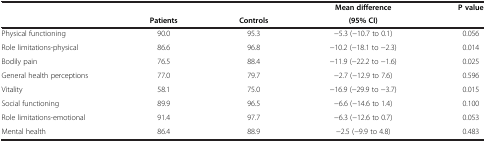
<table><thead><tr><td><b> </b></td><td><b> </b></td><td><b> </b></td><td><b>Mean difference</b></td><td><b>P value</b></td></tr><tr><td><b> </b></td><td><b>Patients</b></td><td><b>Controls</b></td><td><b>(95% CI)</b></td><td><b> </b></td></tr></thead><tbody><tr><td>Physical functioning</td><td>90.0</td><td>95.3</td><td>-5.3 (-10.7 to 0.1)</td><td>0.056</td></tr><tr><td>Role limitations-physical</td><td>86.6</td><td>96.8</td><td>-10.2 (-18.1 to -2.3)</td><td>0.014</td></tr><tr><td>Bodily pain</td><td>76.5</td><td>88.4</td><td>-11.9 (-22.2 to -1.6)</td><td>0.025</td></tr><tr><td>General health perceptions</td><td>77.0</td><td>79.7</td><td>-2.7 (-12.9 to 7.6)</td><td>0.596</td></tr><tr><td>Vitality</td><td>58.1</td><td>75.0</td><td>-16.9 (-29.9 to -3.7)</td><td>0.015</td></tr><tr><td>Social functioning</td><td>89.9</td><td>96.5</td><td>-6.6 (-14.6 to 1.4)</td><td>0.100</td></tr><tr><td>Role limitations-emotional</td><td>91.4</td><td>97.7</td><td>-6.3 (-12.6 to 0.7)</td><td>0.053</td></tr><tr><td>Mental health</td><td>86.4</td><td>88.9</td><td>-2.5 (-9.9 to 4.8)</td><td>0.483</td></tr></tbody></table>